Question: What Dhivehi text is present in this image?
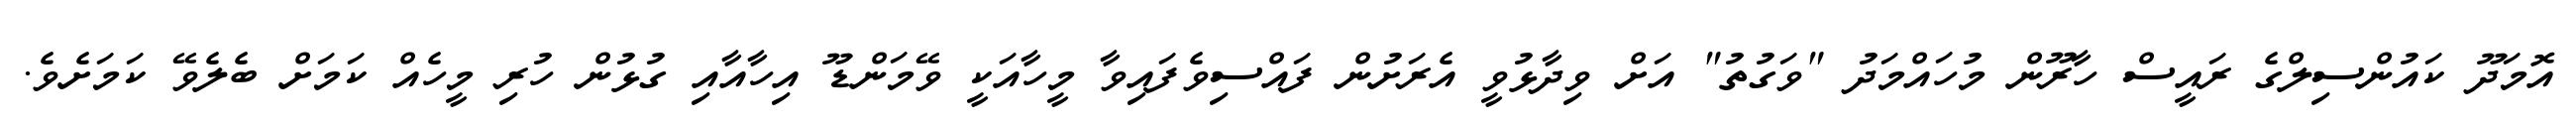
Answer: އޮމަދޫ ކައުންސިލްގެ ރައީސް ހާރޫން މުހައްމަދު "ވަގުތު" އަށް ވިދާޅުވީ އެރަށުން ފައްސިވެފައިވާ މީހާއަކީ ވޭމަންޑޫ އިހާއާއި ގުޅުން ހުރި މީހެއް ކަމަށް ބެލެވޭ ކަމަށެވެ.